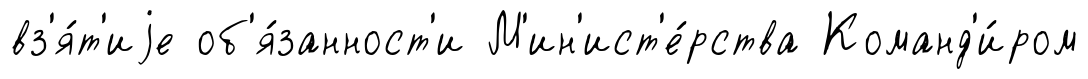
вз'я́т'иjе об'я́занност'и М'ин'ист'е́рства Команд'и́ром